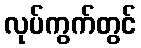
လုပ်ကွက်တွင်